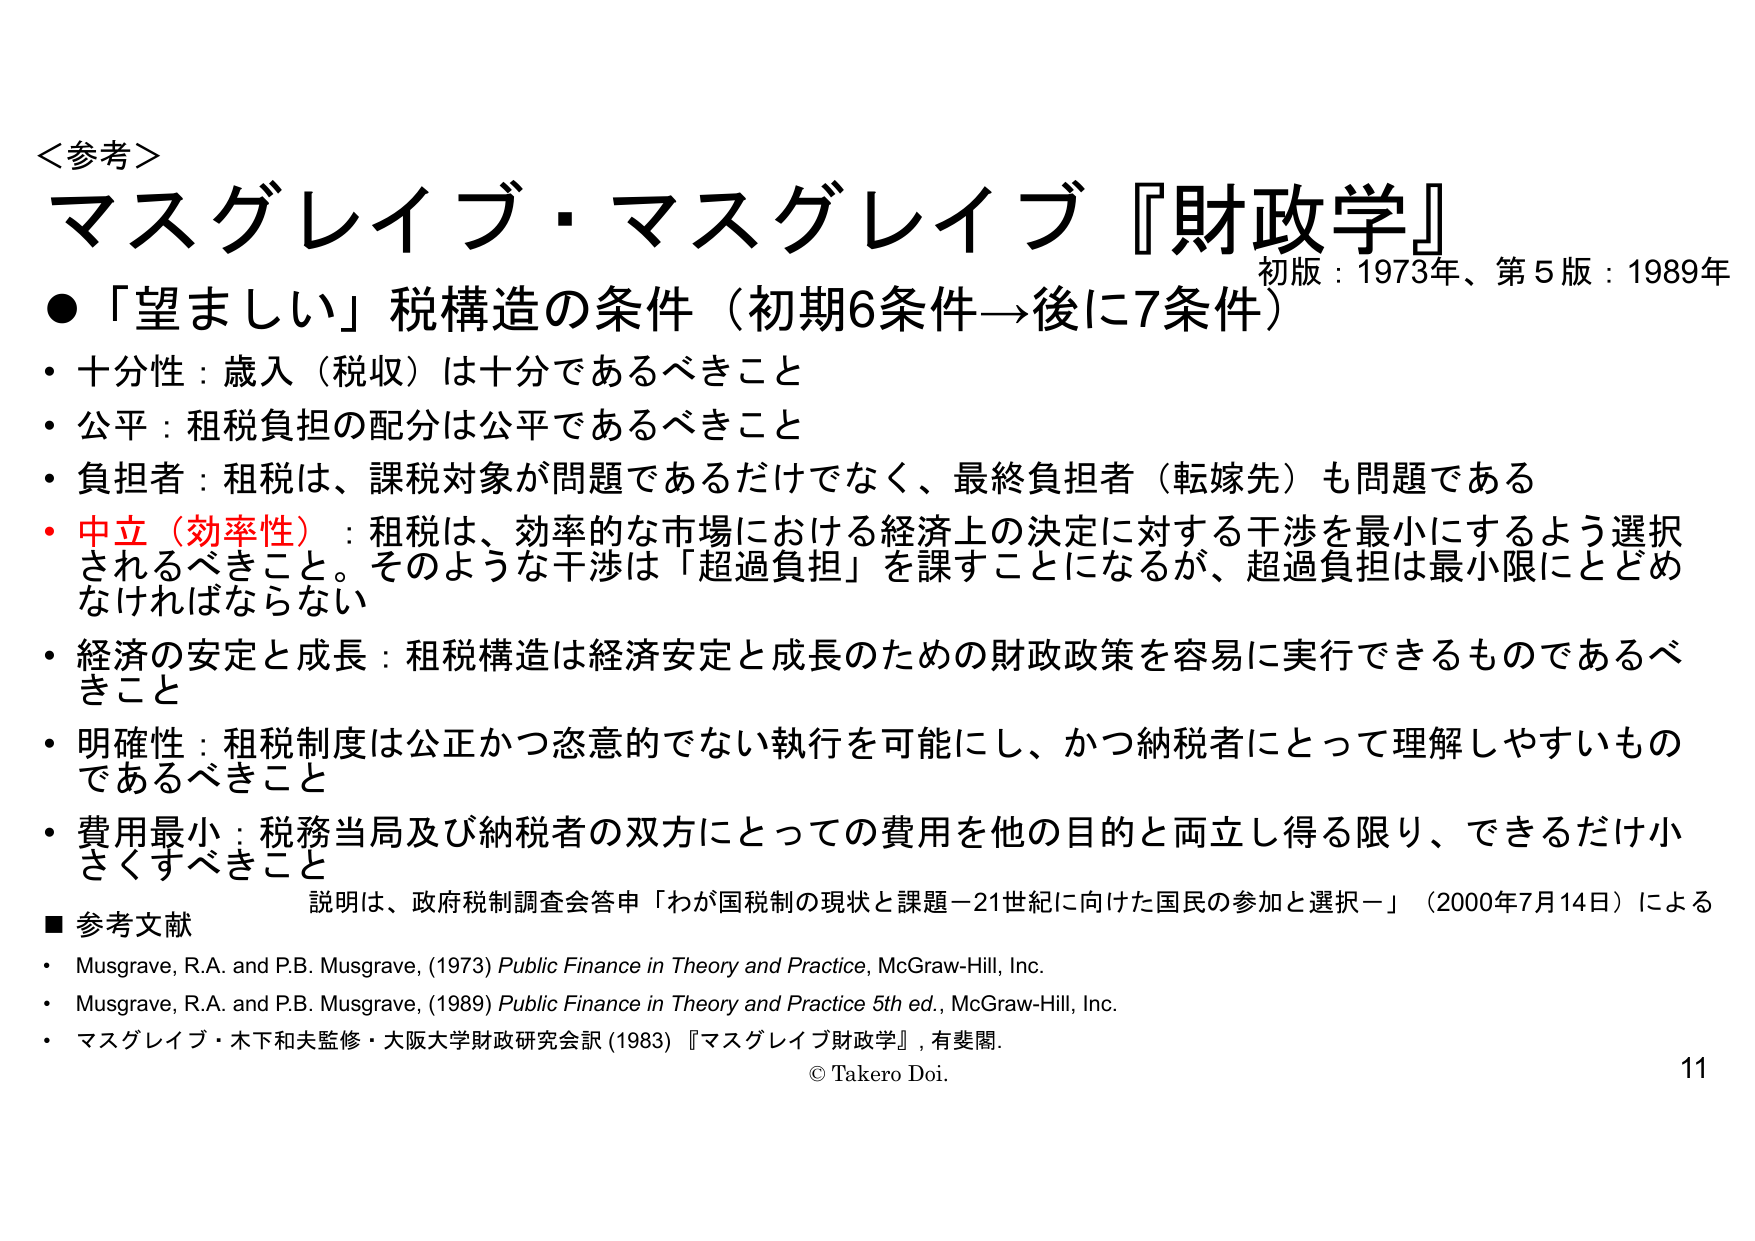
＜参考＞
マスグレイブ・マスグレイブ『財政学』
初版：1973年、第5版：1989年
●「望ましい」税構造の条件（初期6条件→後に7条件）
・十分性：歳入（税収）は十分であるべきこと
・公平：租税負担の配分は公平であるべきこと
・負担者：租税は、課税対象が問題であるだけでなく、最終負担者（転嫁先）も問題である
・中立（効率性）：租税は、効率的な市場における経済上の決定に対する干渉を最小にするよう選択されるべきこと。そのような干渉は「超過負担」を課すことになるが、超過負担は最小限にとどめなければならない
・経済の安定と成長：租税構造は経済安定と成長のための財政政策を容易に実行できるものであるべきこと
・明確性：租税制度は公正かつ恣意的でない執行を可能にし、かつ納税者にとって理解しやすいものであるべきこと
・費用最小：税務当局及び納税者の双方にとっての費用を他の目的と両立し得る限り、できるだけ小さくすべきこと
　　説明は、政府税制調査会答申「わが国税制の現状と課題－21世紀に向けた国民の参加と選択－」（2000年7月14日）による
■ 参考文献
・Musgrave, R.A. and P.B. Musgrave, (1973) Public Finance in Theory and Practice, McGraw-Hill, Inc.
・Musgrave, R.A. and P.B. Musgrave, (1989) Public Finance in Theory and Practice 5th ed., McGraw-Hill, Inc.
・マスグレイブ・木下和夫監修・大阪大学財政研究会訳 (1983) 『マスグレイブ財政学』, 有斐閣.
© Takero Doi.
11